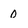
Character: O